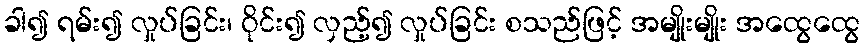
ခါ၍ ရမ်း၍ လှုပ်ခြင်း၊ ဝိုင်း၍ လှည့်၍ လှုပ်ခြင်း စသည်ဖြင့် အမျိုးမျိုး အထွေထွေ